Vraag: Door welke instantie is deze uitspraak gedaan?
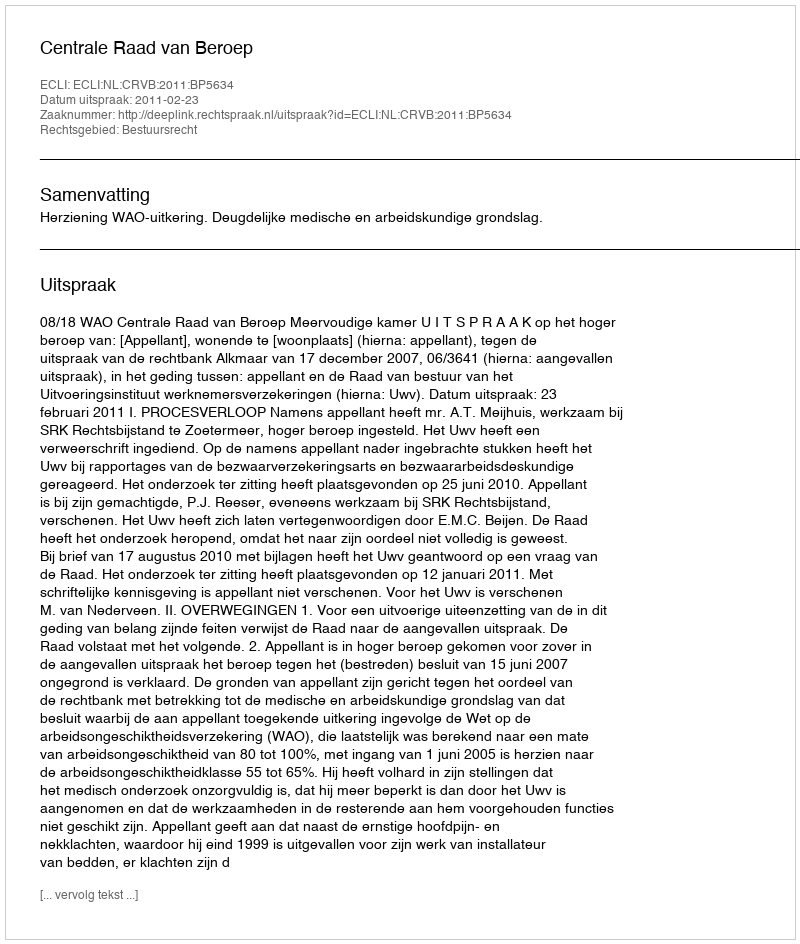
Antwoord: Centrale Raad van Beroep